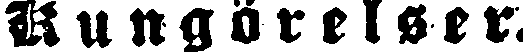
Kungörelser.